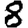
Digit: 8